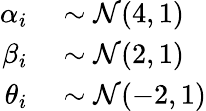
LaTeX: \begin{array}{rl}{\alpha_{i}}&{{}\sim\mathcal{N}(4,1)}\\ {\beta_{i}}&{{}\sim\mathcal{N}(2,1)}\\ {\theta_{i}}&{{}\sim\mathcal{N}(-2,1)}\end{array}